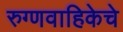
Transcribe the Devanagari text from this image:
रुग्णवाहिकेचे